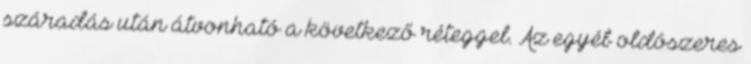
száradás után átvonható a következő réteggel. Az egyéb oldószeres